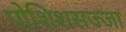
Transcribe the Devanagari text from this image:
पोशिशसज्जा